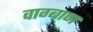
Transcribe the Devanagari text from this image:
वाग्बाण